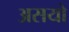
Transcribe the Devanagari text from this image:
असयो